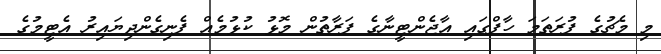
މި މެޗުގެ ފުރަތަމަ ހާފްގައި އާޖެންޓީނާގެ ފަރާތުން މޮޅު ކުޅުމެއް ފެނިގެންދިޔައިރު އެޓީމުގެ